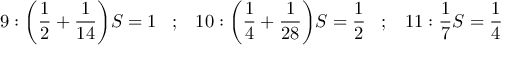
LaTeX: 9 : { \bigg ( } { \frac { 1 } { 2 } } + { \frac { 1 } { 1 4 } } { \bigg ) } S = 1 \; \; \; ; \; \; \; 1 0 : { \bigg ( } { \frac { 1 } { 4 } } + { \frac { 1 } { 2 8 } } { \bigg ) } S = { \frac { 1 } { 2 } } \; \; \; ; \; \; \; 1 1 : { \frac { 1 } { 7 } } S = { \frac { 1 } { 4 } }